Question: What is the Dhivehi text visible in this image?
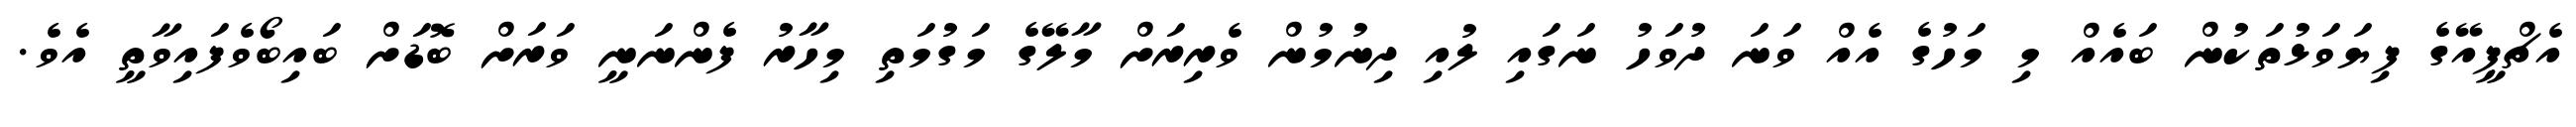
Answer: އެޗްޕީއޭގެ ފިޔަވަޅުތަކުން ބައެއް މި މަހުގެ އެއް ވަނަ ދުވަހު ނަގައި ލުއި ދިނުމުން ވެރިރަށް މާލޭގެ މަގުމަތި މިހާރު ފެންނަނީ ވަރަށް ބޮޑަށް ބައިބޯވެފައިވާތީ އެވެ.